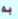
به